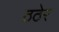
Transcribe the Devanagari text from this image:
ठठेर